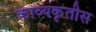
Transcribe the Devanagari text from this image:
काव्यकृतीस